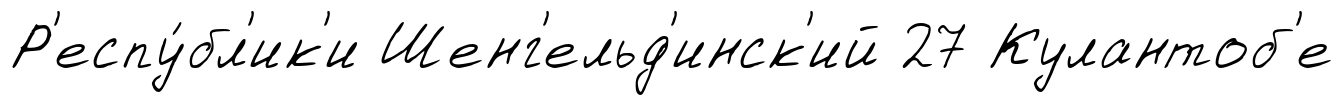
Р'еспу́бл'ик'и Шенг'ельд'инск'ий 27 Кулантоб'е